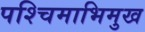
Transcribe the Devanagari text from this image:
पश्‍चिमाभिमुख